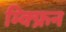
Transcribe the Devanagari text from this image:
म्क्फ्रिन